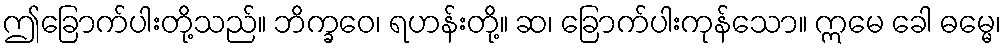
ဤခြောက်ပါးတို့သည်။ ဘိက္ခဝေ၊ ရဟန်းတို့။ ဆ၊ ခြောက်ပါးကုန်သော။ ဣမေ ခေါ ဓမ္မေ၊